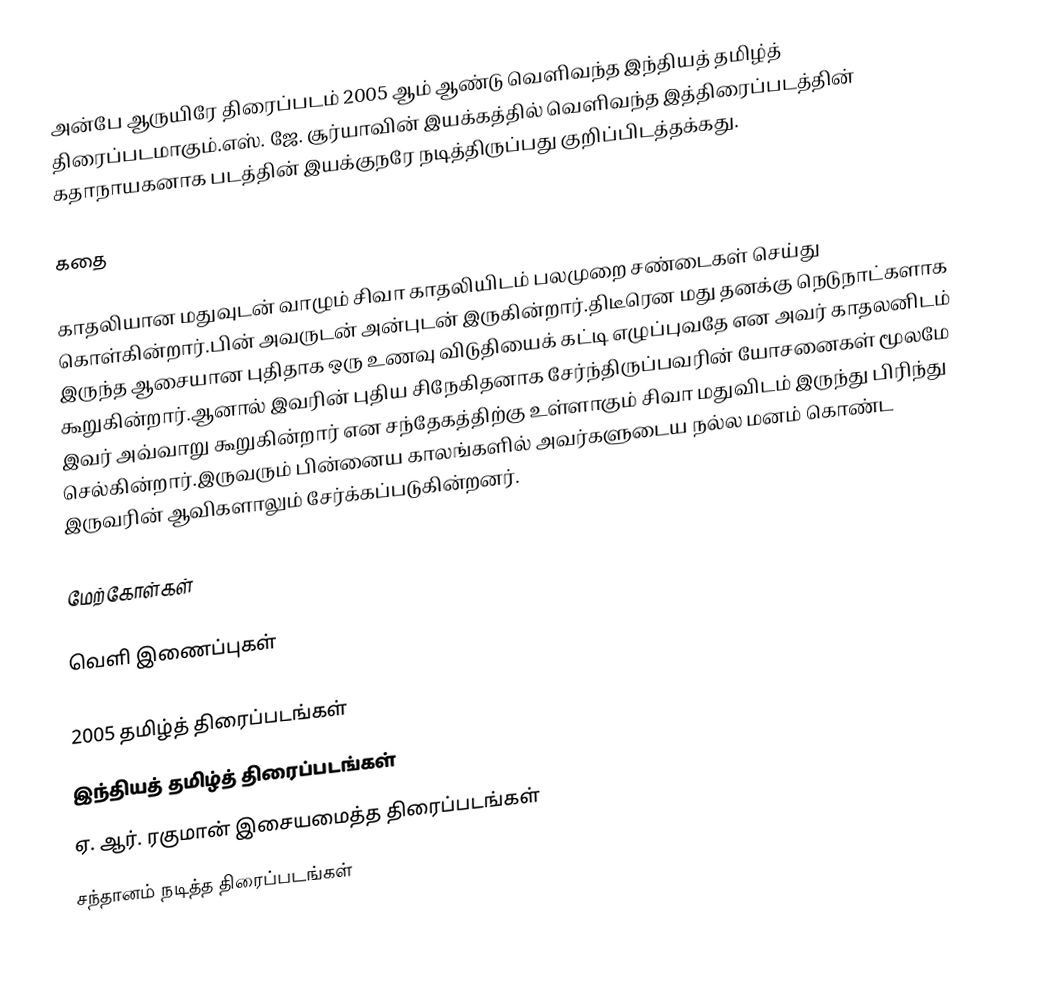
அன்பே ஆருயிரே திரைப்படம் 2005 ஆம் ஆண்டு வெளிவந்த இந்தியத் தமிழ்த் திரைப்படமாகும்.எஸ். ஜே. சூர்யாவின் இயக்கத்தில் வெளிவந்த இத்திரைப்படத்தின் கதாநாயகனாக படத்தின் இயக்குநரே நடித்திருப்பது குறிப்பிடத்தக்கது.

கதை

காதலியான மதுவுடன் வாழும் சிவா காதலியிடம் பலமுறை சண்டைகள் செய்து கொள்கின்றார்.பின் அவருடன் அன்புடன் இருகின்றார்.திடீரென மது தனக்கு நெடுநாட்களாக இருந்த ஆசையான புதிதாக ஒரு உணவு விடுதியைக் கட்டி எழுப்புவதே என அவர் காதலனிடம் கூறுகின்றார்.ஆனால் இவரின் புதிய சிநேகிதனாக சேர்ந்திருப்பவரின் யோசனைகள் மூலமே இவர் அவ்வாறு கூறுகின்றார் என சந்தேகத்திற்கு உள்ளாகும் சிவா மதுவிடம் இருந்து பிரிந்து செல்கின்றார்.இருவரும் பின்னைய காலங்களில் அவர்களுடைய நல்ல மனம் கொண்ட இருவரின் ஆவிகளாலும் சேர்க்கப்படுகின்றனர்.

மேற்கோள்கள்

வெளி இணைப்புகள்

2005 தமிழ்த் திரைப்படங்கள்
இந்தியத் தமிழ்த் திரைப்படங்கள்
ஏ. ஆர். ரகுமான் இசையமைத்த திரைப்படங்கள்
சந்தானம் நடித்த திரைப்படங்கள்